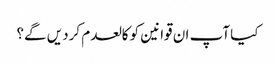
کیا آپ ان قوانین کو کالعدم کردیں گے؟